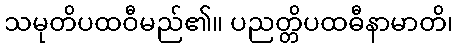
သမုတိပထဝီမည်၏။ ပညတ္တိပထဓီနာမာတိ၊